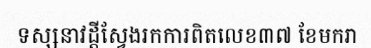
ទស្សនាវដ្តីស្វែងរកការពិតលេខ៣៧ ខែមករា